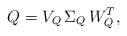
LaTeX: \begin{align*} Q =V _{Q}\,\Sigma_{Q}\,W_{Q}^{T},\end{align*}